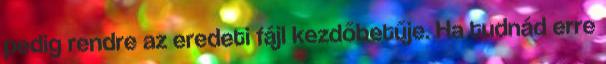
pedig rendre az eredeti fájl kezdőbetűje. Ha tudnád erre